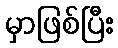
မှာဖြစ်ပြီး